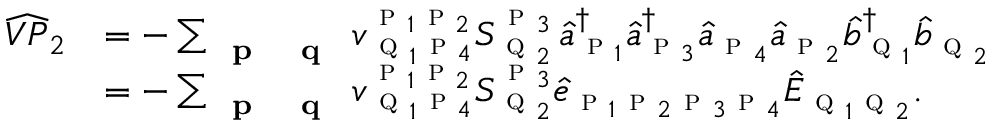
\begin{array} { r l } { \widehat { V P } _ { 2 } } & { = - \sum _ { \textbf { \textsc { p } } \textbf { \textsc { q } } } { v } _ { \textsc { q } _ { 1 } \textsc { p } _ { 4 } } ^ { \textsc { p } _ { 1 } \textsc { p } _ { 2 } } S _ { \textsc { q } _ { 2 } } ^ { \textsc { p } _ { 3 } } \, \hat { a } _ { \textsc { p } _ { 1 } } ^ { \dagger } \hat { a } _ { \textsc { p } _ { 3 } } ^ { \dagger } \hat { a } _ { \textsc { p } _ { 4 } } \hat { a } _ { \textsc { p } _ { 2 } } \hat { b } _ { \textsc { q } _ { 1 } } ^ { \dagger } \hat { b } _ { \textsc { q } _ { 2 } } } \\ & { = - \sum _ { \textbf { \textsc { p } } \textbf { \textsc { q } } } { v } _ { \textsc { q } _ { 1 } \textsc { p } _ { 4 } } ^ { \textsc { p } _ { 1 } \textsc { p } _ { 2 } } S _ { \textsc { q } _ { 2 } } ^ { \textsc { p } _ { 3 } } \hat { e } _ { \textsc { p } _ { 1 } \textsc { p } _ { 2 } \textsc { p } _ { 3 } \textsc { p } _ { 4 } } \hat { E } _ { \textsc { q } _ { 1 } \textsc { q } _ { 2 } } . } \end{array}